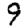
Digit: 9